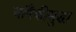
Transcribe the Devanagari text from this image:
यांपैकीसुद्धा